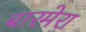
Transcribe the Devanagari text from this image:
बारमेरा